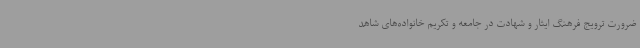
ضرورت ترویج فرهنگ ایثار و شهادت در جامعه و تکریم خانواده‌های شاهد